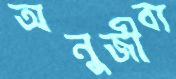
অনুজীব্য